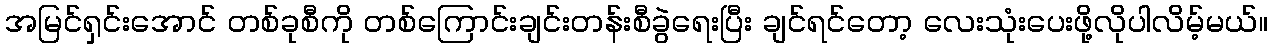
အမြင်ရှင်းအောင် တစ်ခုစီကို တစ်ကြောင်းချင်းတန်းစီခွဲရေးပြီး ချင်ရင်တော့ လေးသုံးပေးဖို့လိုပါလိမ့်မယ်။